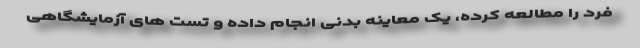
فرد را مطالعه کرده، یک معاینه بدنی انجام داده و تست های آزمایشگاهی